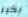
بخير